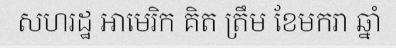
សហរដ្ឋ អាមេរិក គិត ត្រឹម ខែមករា ឆ្នាំ